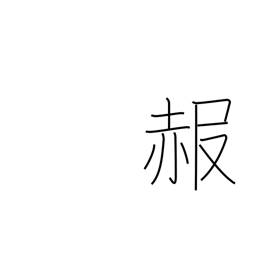
Meaning: get red